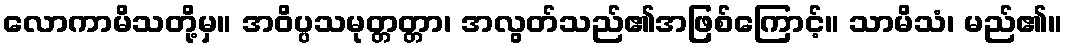
လောကာမိသတို့မှ။ အဝိပ္ပသမုတ္တတ္တာ၊ အလွတ်သည်၏အဖြစ်ကြောင့်။ သာမိသံ၊ မည်၏။